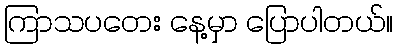
ကြာသပတေး နေ့မှာ ပြောပါတယ်။